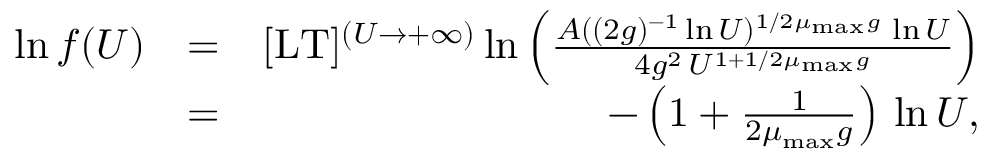
\begin{array} { r l r } { \ln f ( U ) } & { = } & { \lbrack \mathrm { L T } \rbrack ^ { ( U \to + \infty ) } \ln \left( \frac { A ( ( 2 g ) ^ { - 1 } \ln U ) ^ { 1 / 2 \mu _ { \mathrm { m a x } } g } \, \ln U } { 4 g ^ { 2 } \, U ^ { 1 + 1 / 2 \mu _ { \mathrm { m a x } } g } } \right) } \\ & { = } & { - \left( 1 + \frac { 1 } { 2 \mu _ { \mathrm { m a x } } g } \right) \, \ln U , } \end{array}